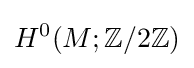
H^{0}(M;\mathbb {Z} /2\mathbb {Z} )